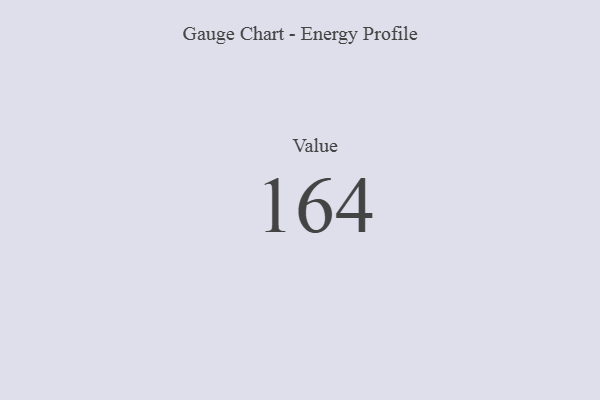
{"axis": {"x": "Metric", "y": "Value"}, "legend": [""], "data": [{"x": "Value", "y": 164, "type": ""}]}